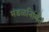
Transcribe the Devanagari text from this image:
मंडळनिर्मित